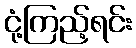
ငုံ့ကြည့်ရင်း